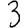
Digit: 3